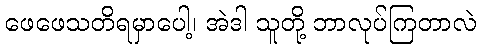
ဖေဖေသတိရမှာပေါ့၊ အဲဒါ သူတို့ ဘာလုပ်ကြတာလဲ